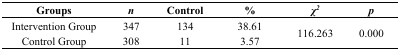
<table><thead><tr><td><b>Groups</b></td><td><b><i>n</i></b></td><td><b>Control</b></td><td><b>%</b></td><td><b><i>χ<sup>2</sup></i></b></td><td><b><i>p</i></b></td></tr></thead><tbody><tr><td>Intervention Group</td><td>347</td><td>134</td><td>38.61</td><td rowspan="2">116.263</td><td rowspan="2">0.000</td></tr><tr><td>Control Group</td><td>308</td><td>11</td><td>3.57</td></tr></tbody></table>